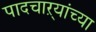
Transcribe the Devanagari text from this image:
पादचाऱ्यांच्या